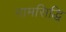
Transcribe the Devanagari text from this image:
नामसिद्धि